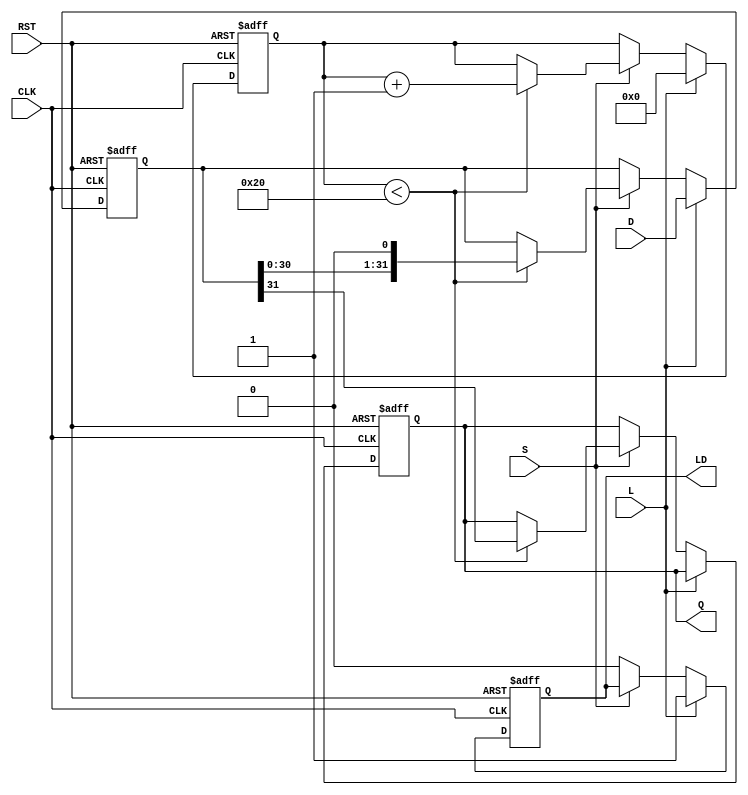
module PISO_Register (
    input wire [31:0] D,      // 32-bit parallel data input
    input wire L,             // Load control signal
    input wire S,             // Shift control signal
    input wire CLK,           // Clock input
    input wire RST,           // Asynchronous reset signal
    output reg Q,             // Serial output
    output reg LD             // Data Loaded status output
);

    reg [31:0] shift_reg;     // 32-bit shift register
    reg [5:0] count;          // Counter for shifting bits

    // Asynchronous reset
    always @(posedge CLK or posedge RST) begin
        if (RST) begin
            shift_reg <= 32'b0; // Clear the register
            Q <= 1'b0;          // Clear the serial output
            LD <= 1'b0;        // Clear the loaded status
            count <= 6'b0;     // Reset the counter
        end else begin
            if (L) begin
                shift_reg <= D;  // Load data into the register
                LD <= 1'b1;      // Indicate that data has been loaded
                count <= 6'b0;   // Reset the counter
            end else if (S) begin
                if (count < 32) begin
                    Q <= shift_reg[31]; // Output the MSB
                    shift_reg <= {shift_reg[30:0], 1'b0}; // Shift left
                    count <= count + 1; // Increment the counter
                end
            end else begin
                LD <= 1'b0; // Clear loaded status if not loading
            end
        end
    end

endmodule